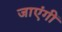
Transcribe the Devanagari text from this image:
जाएंगीं